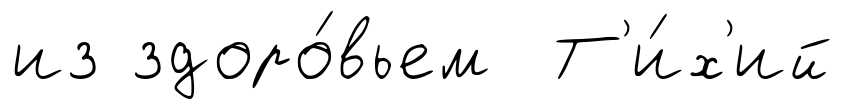
из здоро́вьем Т'и́х'ий